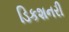
ડિકશનરી